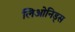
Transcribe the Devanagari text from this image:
लिओनिड्‌स